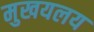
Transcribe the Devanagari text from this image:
मुखयलय